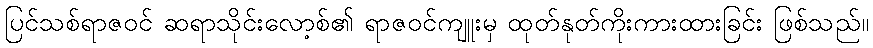
ပြင်သစ်ရာဇဝင် ဆရာသိုင်းလော့စ်၏ ရာဇဝင်ကျူးမှ ထုတ်နုတ်ကိုးကားထားခြင်း ဖြစ်သည်။